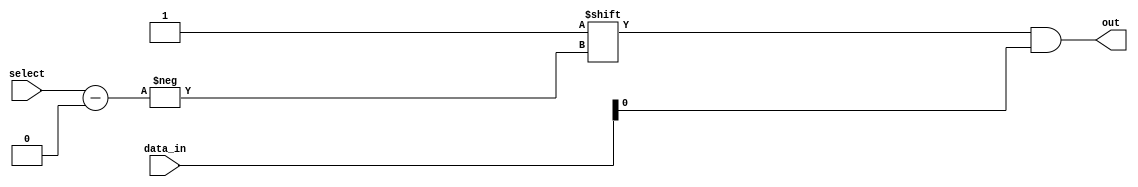
module mux_64_1 (
    input [63:0] data_in,
    input [5:0] select,
    output reg out
);

reg [63:0] selection_signals;

// Decoder
always @*
begin
    selection_signals = 64'b0;
    selection_signals[select] = 1'b1;
end

// AND gates
wire [63:0] mux_out;
genvar i;
generate
    for (i = 0; i < 64; i = i + 1) begin: and_gate
        assign mux_out[i] = selection_signals[i] & data_in[i];
    end
endgenerate

// Output
always @*
begin
    out = mux_out;
end

endmodule